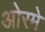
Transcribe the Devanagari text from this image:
ओरमे